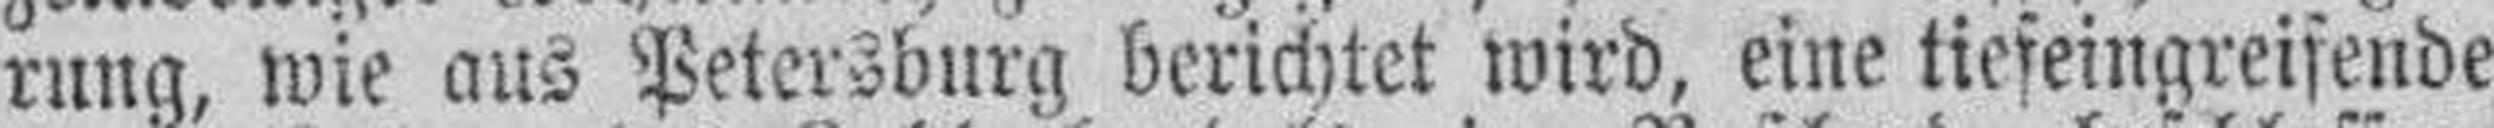
rung, wie aus Petersburg berichtet wird, eine tiefeingreifende